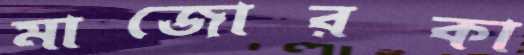
মাজোরকা